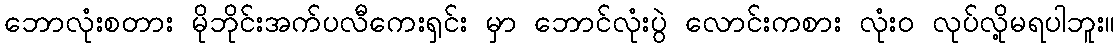
ဘောလုံးစတား မိုဘိုင်းအက်ပလီကေးရှင်း မှာ ဘောင်လုံးပွဲ လောင်းကစား လုံးဝ လုပ်လို့မရပါဘူး။